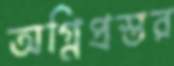
অগ্নিপ্রস্তর